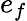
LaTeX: e_{f}